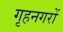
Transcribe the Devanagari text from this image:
गृहनगरों